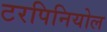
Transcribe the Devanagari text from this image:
टरपिनियोल